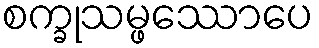
စက္ခုသမ္ဖဿောပေ